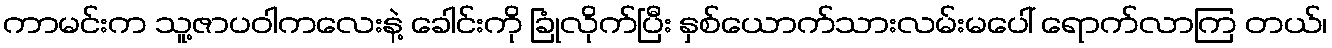
ကာမင်းက သူ့ဇာပဝါကလေးနဲ့ ခေါင်းကို ခြုံလိုက်ပြီး နှစ်ယောက်သားလမ်းမပေါ် ရောက်လာကြ တယ်၊